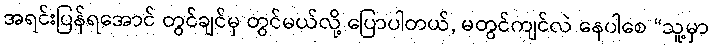
အရင်းပြန်ရအောင် တွင်ချင်မှ တွင်မယ်လို့ ပြောပါတယ်, မတွင်ကျင်လဲ နေပါစေ “သူ့မှာ